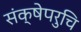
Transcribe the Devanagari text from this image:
संक्षेपरुचि